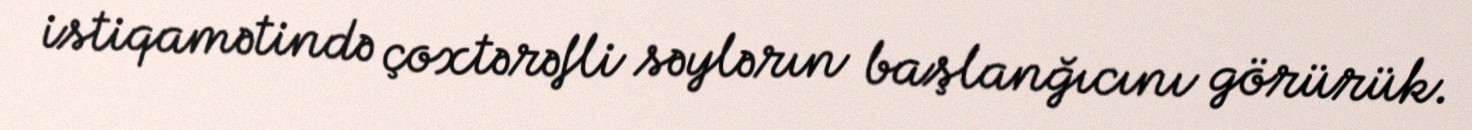
istiqamətində çoxtərəfli səylərın başlanğıcını görürük.